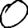
Digit: 0